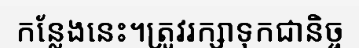
កន្លែងនេះ។ត្រូវរក្សាទុកជានិច្ច